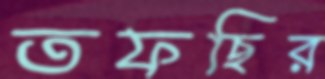
তফছির